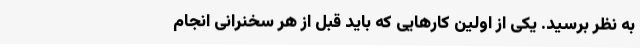
به نظر برسید. یکی از اولین کارهایی که باید قبل از هر سخنرانی انجام